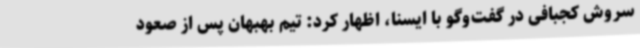
سروش کجبافی در گفت‌وگو با ایسنا، اظهار کرد: تیم بهبهان پس از صعود